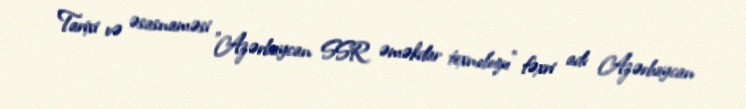
Tarixi və əsasnaməsi "Azərbaycan SSR əməkdar texnoloqu" fəxri adı Azərbaycan